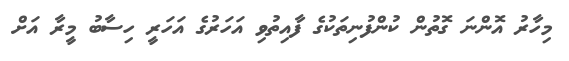
މިހާރު އޮންނަ ގޮތުން ކުންފުނިތަކުގެ ފާއިތުވި އަހަރުގެ އަހަރީ ހިސާބު މީރާ އަށް